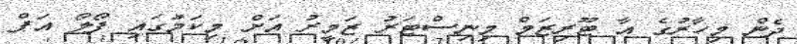
ދެން މިހާރުގެ އާ ޓޫރިޒަމް މިނިސްޓަރު ޒަމީރު އަށް މިކަމުގައި ފޯލޯ އަޕް